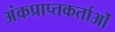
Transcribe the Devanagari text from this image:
अंकप्राप्तकर्ताओं